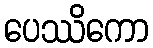
ပေဿိကော